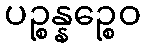
ပဉ္စန္နဉ္စေဝ